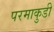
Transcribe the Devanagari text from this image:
परमाकुडी